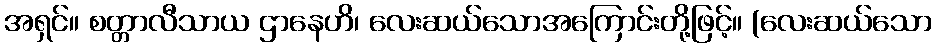
အရှင်။ စတ္တာလီသာယ ဌာနေဟိ၊ လေးဆယ်သောအကြောင်းတို့ဖြင့်။ (လေးဆယ်သော